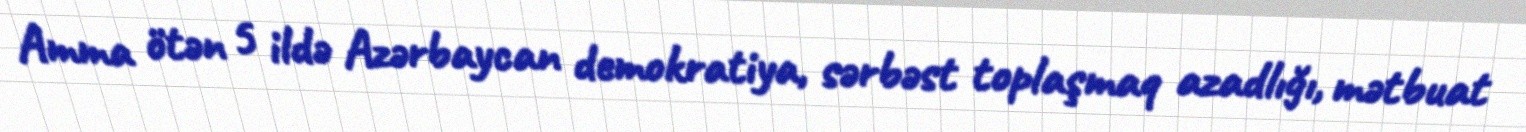
Amma ötən 5 ildə Azərbaycan demokratiya, sərbəst toplaşmaq azadlığı, mətbuat